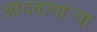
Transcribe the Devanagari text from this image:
आदळणार्‍या